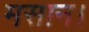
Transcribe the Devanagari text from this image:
मसान।